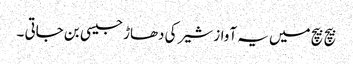
بیچ بیچ میں یہ آواز شیر کی دھاڑ جیسی بن جاتی ۔